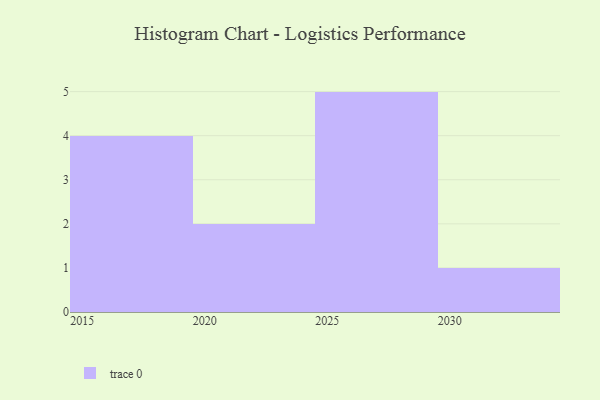
{"axis": {"x": "Year", "y": "Customer Acquisition Cost (USD)"}, "legend": [""], "data": [{"x": "2021", "y": 94, "type": ""}, {"x": "2026", "y": 10, "type": ""}, {"x": "2017", "y": 6, "type": ""}, {"x": "2018", "y": 69, "type": ""}, {"x": "2027", "y": 54, "type": ""}, {"x": "2019", "y": 9, "type": ""}, {"x": "2028", "y": 56, "type": ""}, {"x": "2015", "y": 94, "type": ""}, {"x": "2030", "y": 73, "type": ""}, {"x": "2025", "y": 79, "type": ""}, {"x": "2029", "y": 33, "type": ""}, {"x": "2022", "y": 32, "type": ""}]}